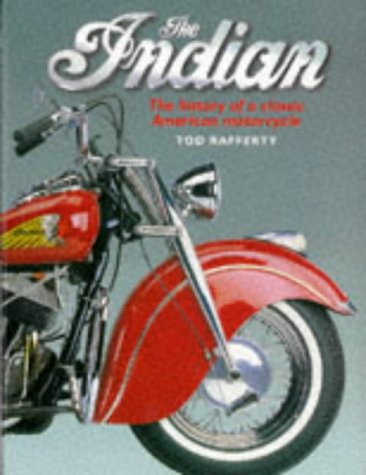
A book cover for The Indian: The History of a Classic American Motorcycle; Tod Rafferty; Arts & Photography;